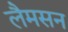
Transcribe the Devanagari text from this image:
लैमसन